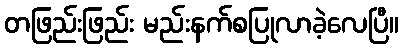
တဖြည်းဖြည်း မည်းနက်စပြုလာခဲ့လေပြီ။